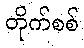
တိုက်စစ်